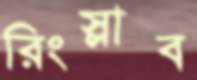
রিংস্লাব